Indian journal of veterinary science and animal husbandry - Volume 14,
Year: 1944
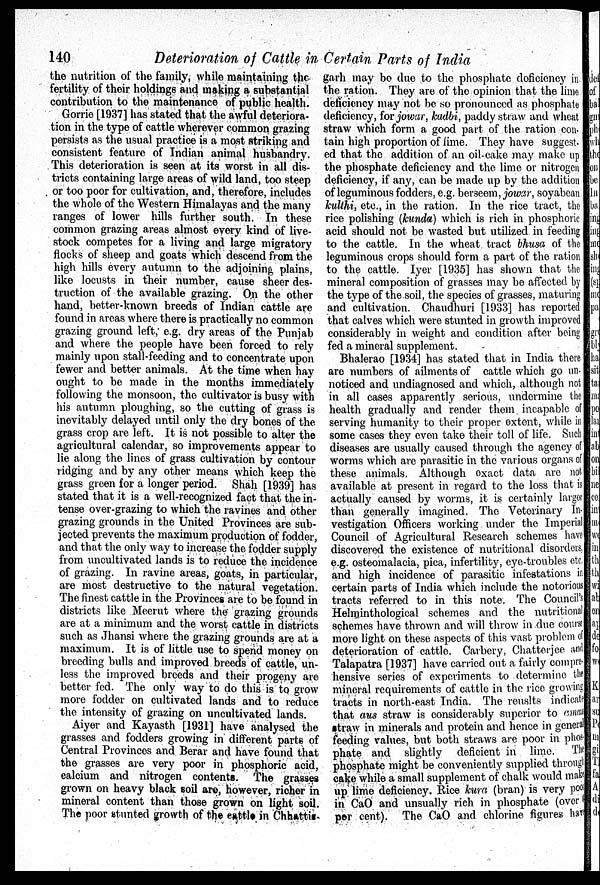
140
Deterioration of Cattle in Certain Parts of India
the nutrition of the family, while maintaining the
fertility of their holdings and making a substantial
contribution to the maintenance of public health.
Gorrie [1937] has stated that the awful deteriora-
tion in the type of cattle wherever common grazing
persists as the usual practice is a most striking and
consistent feature of Indian animal husbandry.
This deterioration is seen at its worst in all dis-
tricts containing large areas of wild land, too steep
or too poor for cultivation, and, therefore, includes
the whole of the Western Himalayas and the many
ranges of lower hills further south. In these
common grazing areas almost every kind of live-
stock competes for a living and large migratory
flocks of sheep and goats which descend from the
high hills every autumn to the adjoining, plains,
like locusts in their number, cause sheer des-
truction of the available grazing. On the other
hand, better-known breeds of Indian cattle are
found in areas where there is practically no common
grazing ground left, e.g. dry areas of the Punjab
and where the people have been forced to rely
mainly upon stall-feeding and to concentrate upon
fewer and better animals. At the time when hay
ought to be made in the months immediately
following the monsoon, the cultivator is busy with
his autumn ploughing, so the cutting of grass is
inevitably delayed until only the dry bones of the
grass crop are left. It is not possible to alter the
agricultural calendar, so improvements appear to
lie along the lines of grass cultivation by contour
ridging and by any other means which keep the
grass green for a longer period. Shah [1939] has
stated that it is a well-recognized fact that the in-
tense over-grazing to which the ravines and other
grazing grounds in the United Provinces are sub-
jected prevents the maximum production of fodder,
and that the only way to increase the fodder supply
from uncultivated lands is to reduce the incidence
of grazing. In ravine areas, goats, in particular,
are most destructive to the natural vegetation.
The finest cattle in the Provinces are to be found in
districts like Meerut where the grazing grounds
are at a minimum and the worst cattle in districts
such as Jhansi where the grazing grounds are at a
maximum. It is of little use to spend money on
breeding bulls and improved breeds of cattle, un-
less the improved breeds and their progeny are
better fed. The only way to do this is to grow
more fodder on cultivated lands and to reduce
the intensity of grazing on uncultivated lands.
Aiyer and Kayasth [1931] have analysed the
grasses and fodders growing in different parts of
Central Provinces and Berar and have found that
the grasses are very poor in phosphoric acid,
calcium and nitrogen contents. The grasses
grown on heavy black soil are, however, richer in
mineral content than those grown on light soil.
The poor stunted growth of the eattle in Chhattis-
garh may be due to the phosphate deficiency in
the ration. They are of the opinion that the lime
deficiency may not be so pronounced as phosphate
deficiency, for jowar, kadbi, paddy straw and wheat
straw which form a good part of the ration con-
tain high proportion of lime. They have suggest-
ed that the addition of an oil-cake may make up
the phosphate deficiency and the lime or nitrogen
deficiency, if any, can be made up by the addition
of leguminous fodders, e.g. berseem, jowar, soyabean
kulthi, etc., in the ration. In the rice tract, the
rice polishing (kunda) which is rich in phosphoric
acid should not be wasted but utilized in feeding
to the cattle. In the wheat tract bhusa of the
leguminous crops should form a part of the ration
to the cattle. Iyer [1935] has shown that the
mineral composition of grasses may be affected by
the type of the soil, the species of grasses, maturing
and cultivation. Chaudhuri [1933] has reported
that calves which were stunted in growth improved
considerably in weight and condition after being
fed a mineral supplement.
Bhalerao [1934] has stated that in India there
are numbers of ailments of cattle which go un-
noticed and undiagnosed and which, although not
in all cases apparently serious, undermine the
health gradually and render them incapable of
serving humanity to their proper extent, while in
some cases they even take their toll of life. Such
diseases are usually caused through the agency of
worms which are parasitic in the various organs of
these animals. Although exact data are not
available at present in regard to the loss that is
actually caused by worms, it is certainly larger
than generally imagined. The Veterinary In-
vestigation Officers working under the Imperial
Council of Agricultural Research schemes have
discovered the existence of nutritional disorders,
e.g. osteomalacia, pica, infertility, eye-troubles etc.
and high incidence of parasitic infestations in
certain parts of India which include the notorious
tracts referred to in this note. The Council's
Helminthological schemes and the nutritional
schemes have thrown and will throw in due course
more light on these aspects of this vast problem of
deterioration of cattle. Carbery, Chatterjee and
Talapatra [1937] have carried out a fairly compre-
hensive series of experiments to determine the
mineral requirements of cattle in the rice growing
tracts in north-east India. The reuslts indicate
that aus straw is considerably superior to cmen
straw in minerals and protein and hence in general
feeding values, but both straws are poor in phos-
phate and slightly deficient in lime. The
phosphate might be conveniently supplied through
cake while a small supplement of chalk would make
up lime deficiency. Rice kura (bran) is very poor
in CaO and unsually rich in phosphate (over 6
per cent). The CaO and chlorine figures have